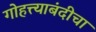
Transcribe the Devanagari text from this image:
गोहत्त्याबंदीचा